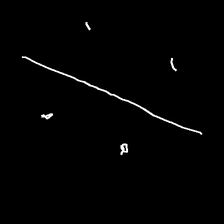
Glyph: cool